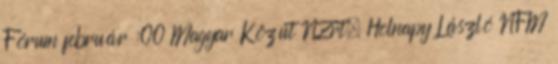
Fórum február :00 Magyar Közút NZrt. Holnapy László NFM